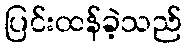
ပြင်းထန်ခဲ့သည်